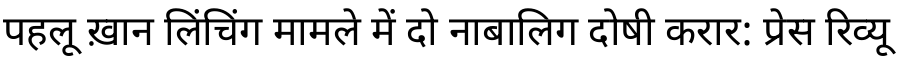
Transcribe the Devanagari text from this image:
पहलू ख़ान लिंचिंग मामले में दो नाबालिग दोषी करार: प्रेस रिव्यू